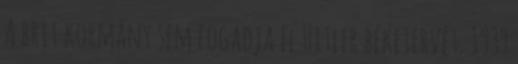
A brit kormány sem fogadja el Hitler béketervét. 1939